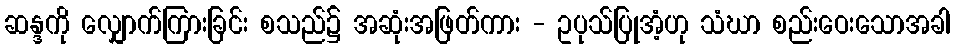
ဆန္ဒကို လျှောက်ကြားခြင်း စသည်၌ အဆုံးအဖြတ်ကား - ဥပုသ်ပြုအံ့ဟု သံဃာ စည်းဝေးသောအခါ